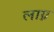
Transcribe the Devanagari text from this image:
लाग्न